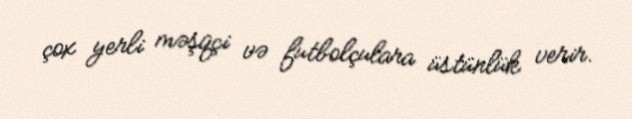
çox yerli məşqçi və futbolçulara üstünlük verir.